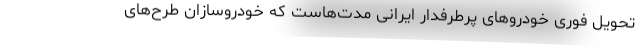
تحویل فوری خودروهای پرطرفدار ایرانی مدت‌هاست که خودروسازان طرح‌های